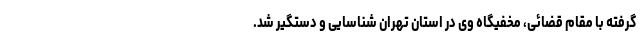
گرفته با مقام قضائی، مخفیگاه وی در استان تهران شناسایی و دستگیر شد.